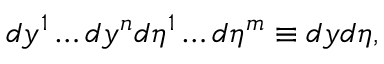
d y ^ { 1 } \dots d y ^ { n } d \eta ^ { 1 } \dots d \eta ^ { m } \equiv d y d \eta ,